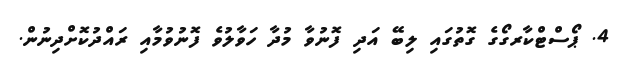
4. ޕޯސްޓްކާރގޯގެ ގޮތުގައި ލިބޭ އަދި ފޮނުވާ މުދާ ހަވާލުވެ ފޮނުވުމާއި ރައްދުކޮށްދިނުން.